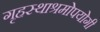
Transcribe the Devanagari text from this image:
गृहस्थाश्रमोपयोगी